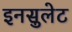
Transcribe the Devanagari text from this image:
इनसुलेट